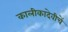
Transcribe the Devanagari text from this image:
कालीकादेवीचें